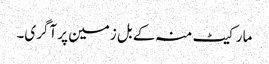
مارکیٹ منہ کے بل زمین پر آگری۔